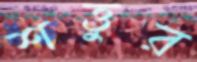
শত্তুর